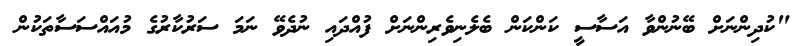
"ކުދިންނަށް ބޭނުންވާ އަސާސީ ކަންކަން ބެލެނިވެރިންނަށް ފުއްދައި ނުދެވޭ ނަމަ ސަރުކާރުގެ މުއައްސަސާތަކުން